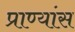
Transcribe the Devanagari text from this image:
प्राण्यांस